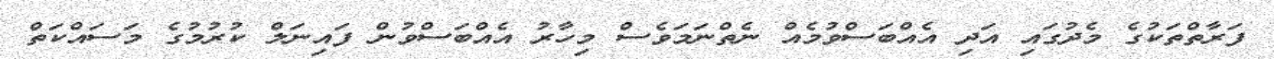
ފަރާތްތަކުގެ މެދުގައި އަދި އެއްބަސްވުމެއް ނެތްނަމަވެސް މިހާރު އެއްބަސްވުން ފައިނަލް ކުރުމުގެ މަސައްކަތް